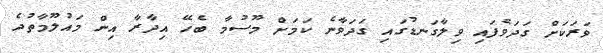
ވަރަކަށް ގަދަވެފައި ވިލާގަނޑުގައި ގަދަވާނެ ކަމަށް މޫސުމާ ބެހޭ އިދާރާ އިން މައުލޫމާތުދެ